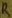
Text: R